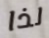
لذا